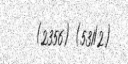
(2356) (531/2)